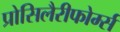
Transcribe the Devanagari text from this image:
प्रोसिलैरीफोर्म्स